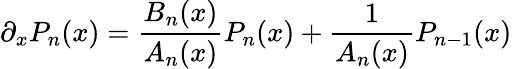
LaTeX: \partial_{x}P_{n}(x)=\frac{B_{n}(x)}{A_{n}(x)}P_{n}(x)+\frac{1}{A_{n}(x)}P_{n-1}(x)